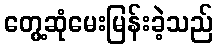
တွေ့ဆုံမေးမြန်းခဲ့သည်